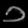
Digit: ၁